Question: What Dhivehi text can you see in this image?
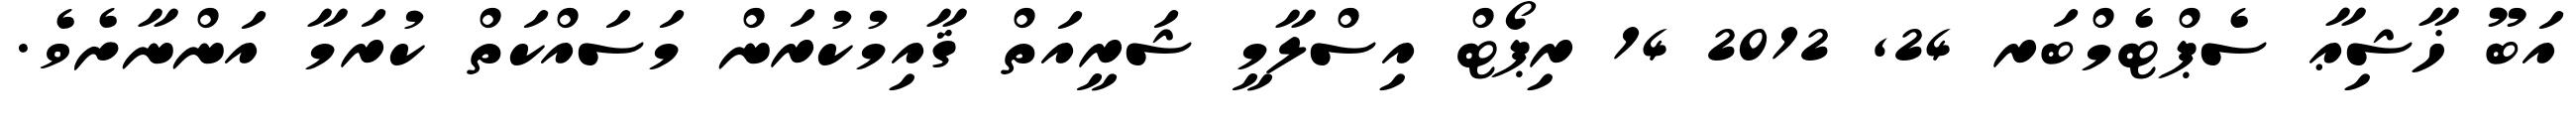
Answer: އަބޫ ޚާޝިޢާ ސެޕްޓެމްބަރ 24, 2012 14 ރިޕޯޓް އިސްލާމީ ޝަރީއަތް ޤާއިމުކުރަން މަސައްކަތް ކުރަމާ އަންނާށެވެ.